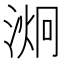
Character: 𭱞